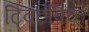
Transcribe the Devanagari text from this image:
ट्विटपिक